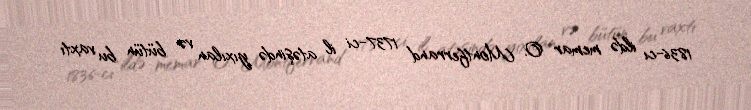
1836-cı ildə memar O. Montferrand 1737-ci il atəşində yıxılan və bütün bu vaxtı